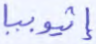
إثيوبيا